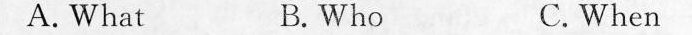
A. What B. Who C.When